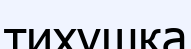
тихушка